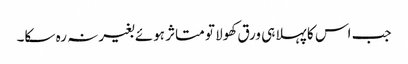
جب اس کا پہلا ہی ورق کھولا تو متاثر ہوئے بغیرنہ رہ سکا۔